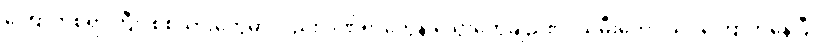
ကြောက်စရာကြီး၊ စစ်သားတွေမှာလည်း ဒဏ်ရာတွေနဲ့ သွေးတွေချည်းပဲ၊ သမီးတော့ သိပ်ကြောက်နေပြီ၊